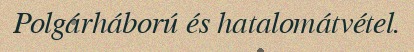
Polgárháború és hatalomátvétel.